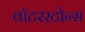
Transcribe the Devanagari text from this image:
वॉटरस्टोन्स